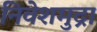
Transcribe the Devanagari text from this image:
निवेशमुद्रा